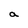
Character: a